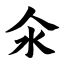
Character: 氽